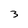
Character: 3